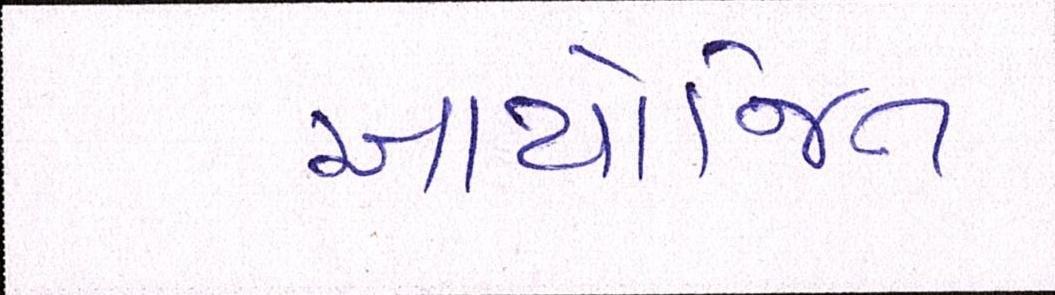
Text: આયોજિત